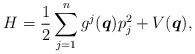
\begin{gather*}H=\frac{1}{2} \sum_{j=1}^n g^j(\boldsymbol{q}) p_j^2+ V(\boldsymbol{q}),\end{gather*}